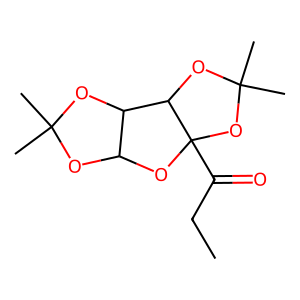
SMILES: CCC(=O)C12OC3OC(C)(C)OC3C1OC(C)(C)O2
Inhibits HIV replication: No